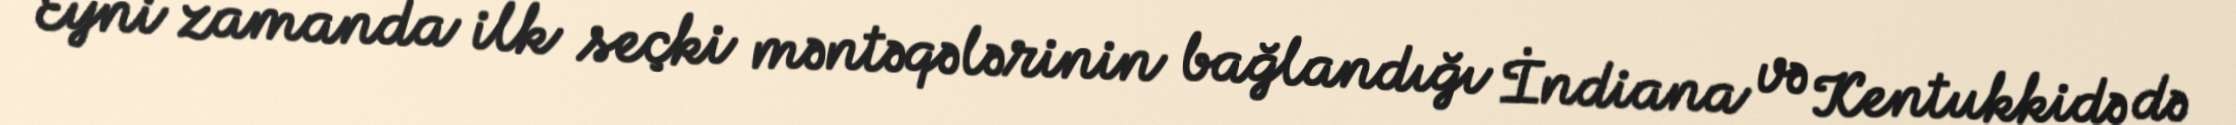
Eyni zamanda ilk seçki məntəqələrinin bağlandığı İndiana və Kentukkidə də